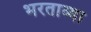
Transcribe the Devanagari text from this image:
भरताव्या